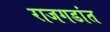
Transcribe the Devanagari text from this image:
राजगडांत